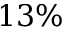
1 3 \%